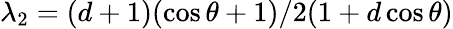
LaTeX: \lambda_{2}=(d+1)(\cos\theta+1)/2(1+d\cos\theta)